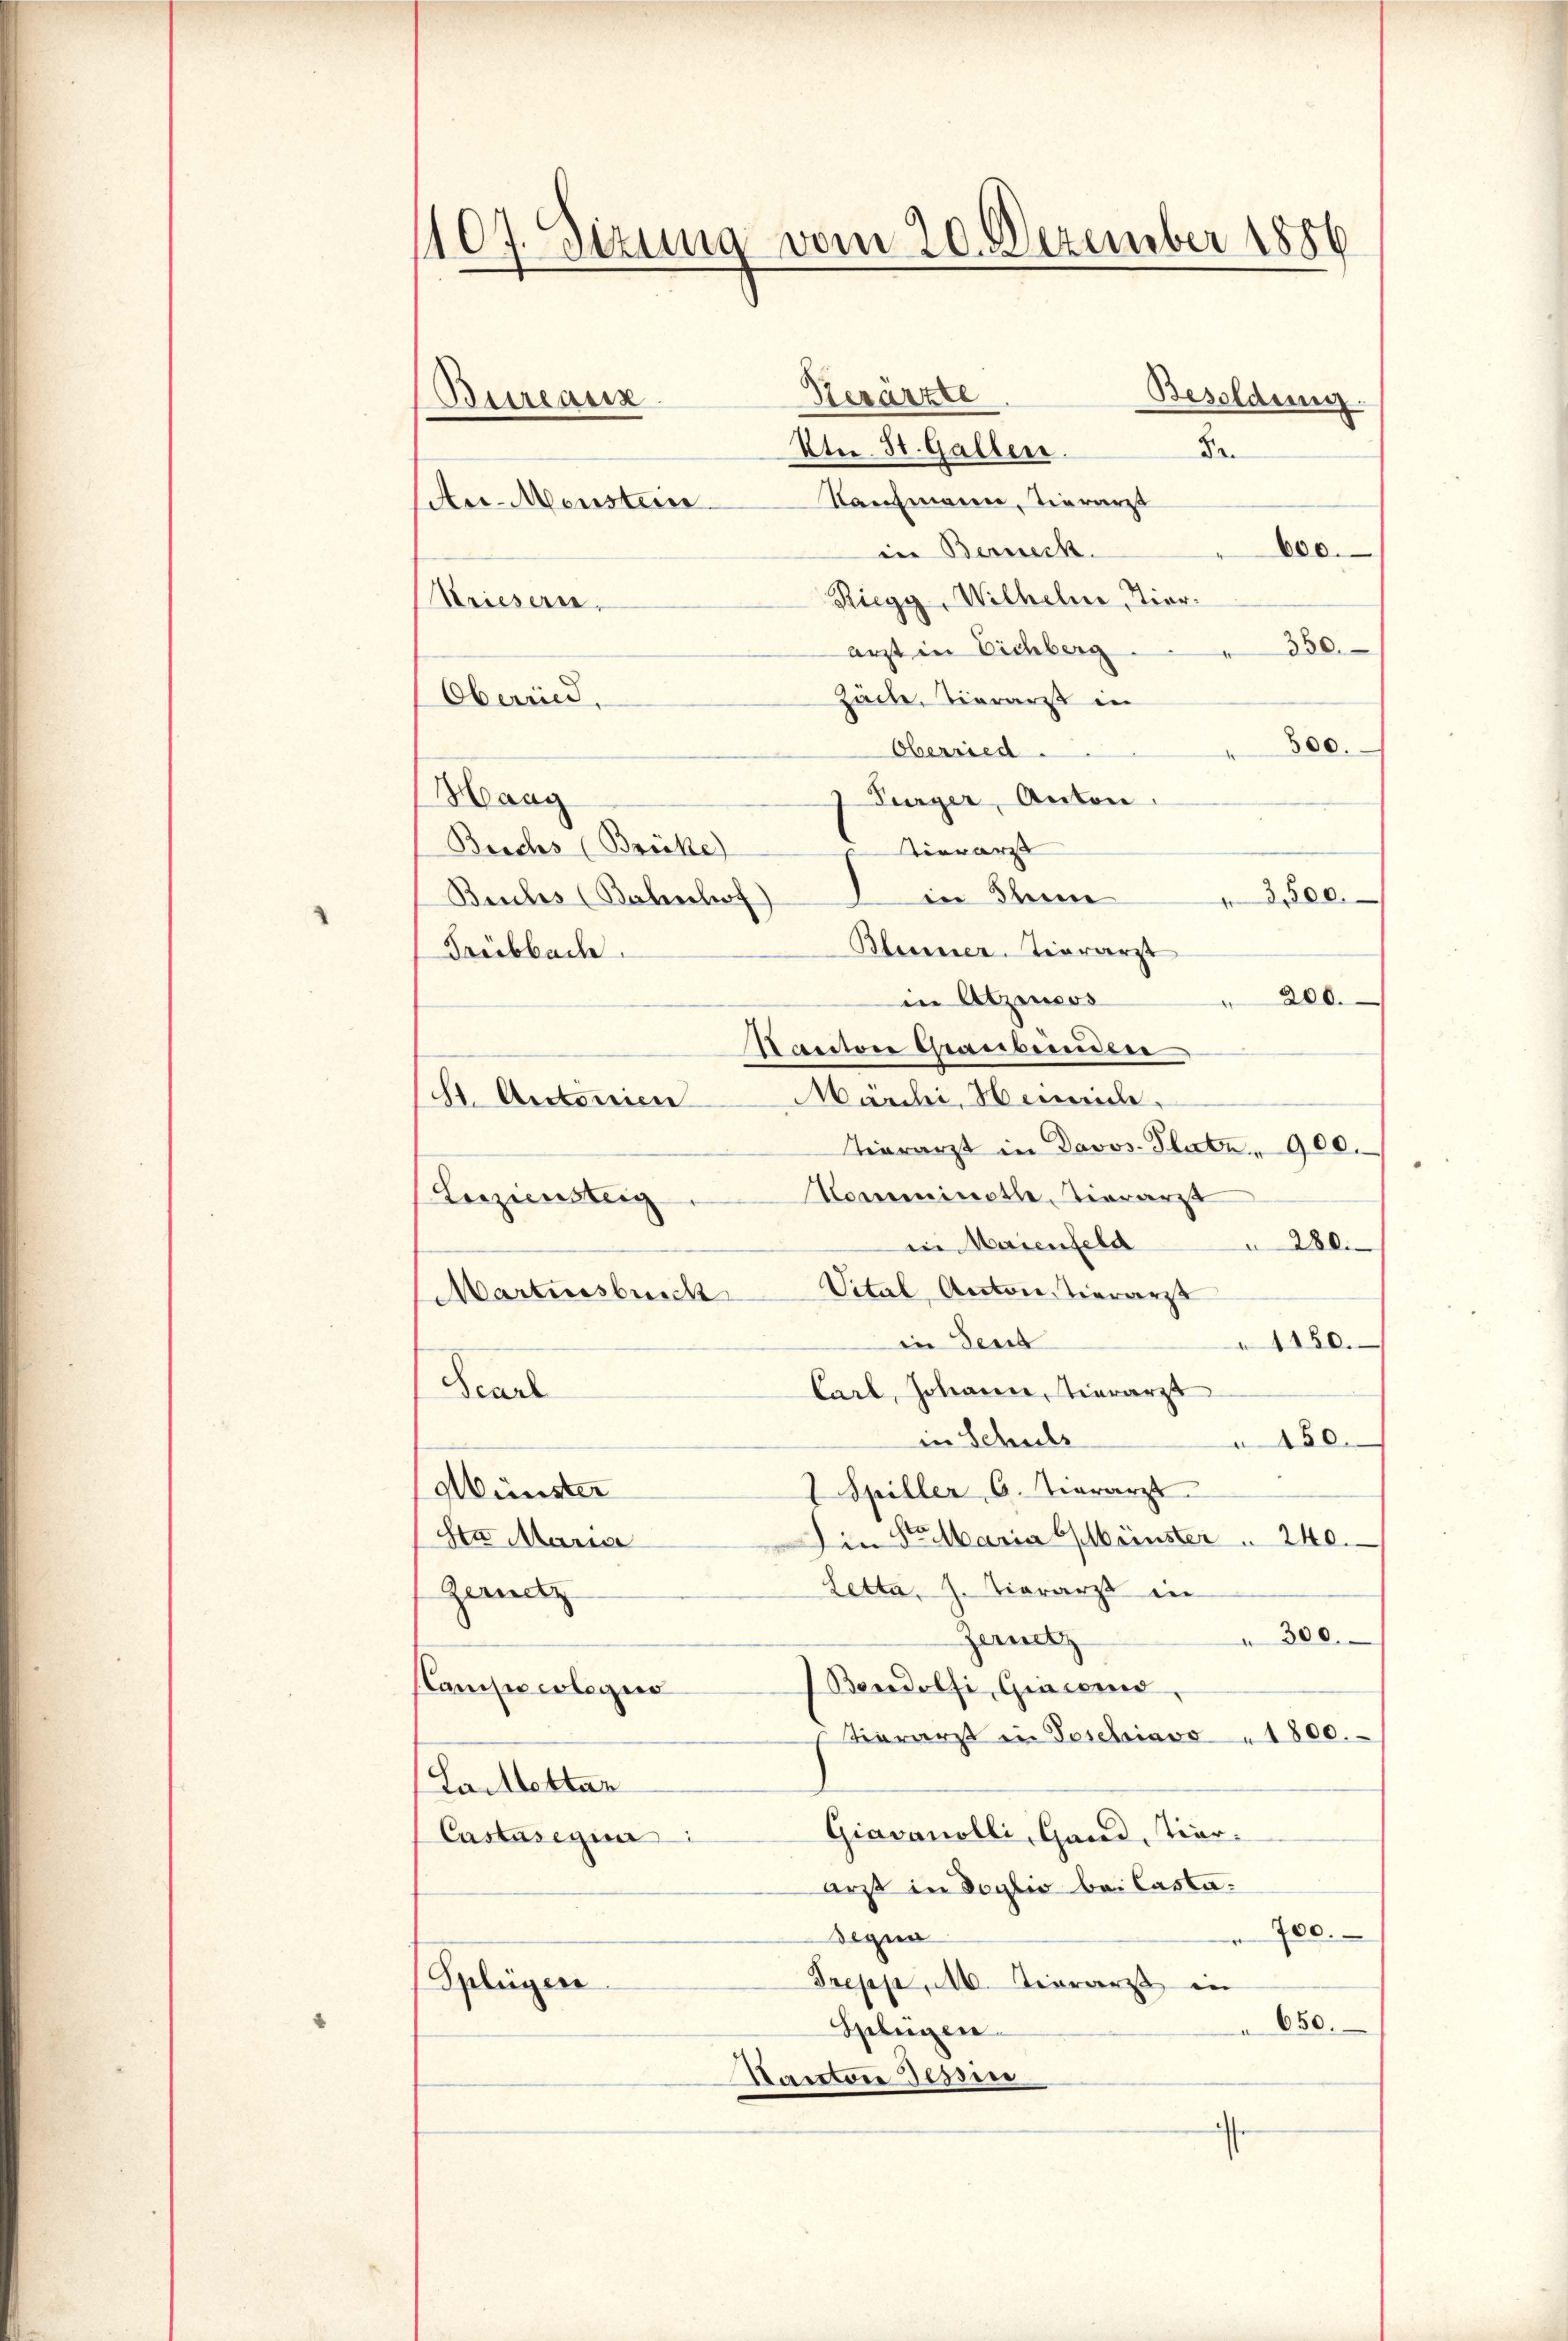
407. Sizung vom 20. Dezember 1886
d
Serärzte
Besoldung.
Bureaux
Ktn. St. Gallen.
8

Kaufmann, Tierarzt
Au-Monstein
in Berneck.
600.
Riegg, Wilhelm, Tier¬
Strieserie.
arzt in Eichberg . . . 350.
Zäcke, Tierarzt in
Oberred.
300.
Oberried.
Haag
Turger, Anton
Borchs (Brücke)
vierarzt
3,500.
Bruches (Bahnhof in Sin
Blumer-Terrarzt
Trübbach.
in Atzencos
200.
Kanton Graubünden
Marchi, Numme.
H. Antoniere
Tierarzt in Davos- Platz " 900.
Commineth, vierarzt
Luziensteig
in Maienfeld 280.
Martinsburch Vital, Anton Tierarzt
in Send
1150.
Seart
Carl, Johanne, Tierarzt
in Schuls
150.
Spiller 6. Tierarzt
Münster
Ha Maria
Die Sr Maria einster 240.
Letta, J. Tierarzt in
Zernitz
300.
Zernitz
Boradolfi Giacens,
Candis erlegun
Tierarzt in Toschiavo 1800.
Sailletter
Giavanolli, Gand, Tier.
Castasegium
arzt in Doglio bei Casta¬
700.
Begna
Treppe, M. Tierarzt in
Splüger
650.
Gelegen
Kanton dessen
t